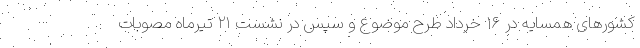
کشورهای همسایه در ۱۶ خرداد طرح موضوع و سپس در نشست ۲۱ تیرماه مصوبات